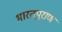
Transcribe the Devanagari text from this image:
भारतपुराण